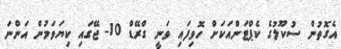
އެގޮތުން ސުކޫލުގެ ކެޕްޓަންއަކަށް ހޮވިފައި ވަނީ ގްރޭޑް 10- ޖޭގައި ކިޔަވަމުން އަންނަ